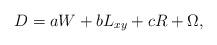
LaTeX: \begin{align*}D=aW+bL_{xy}+cR+\Omega,\end{align*}